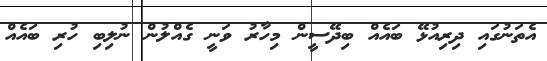
އެތަނުގައި ދިރިއުޅޭ ބައެއް ބިދޭސީން މިހާރު ވަނީ ގެއްލުން ނުލިބި ހުރި ބައެއް